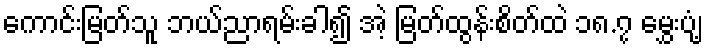
ကောင်းမြတ်သူ ဘယ်ညာရမ်းခါ၍ အဲ့ မြတ်ထွန်းစိတ်ထဲ ၁၈.၇ မွှေးပျံ့